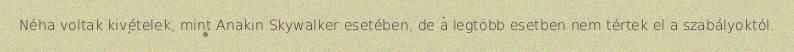
Néha voltak kivételek, mint Anakin Skywalker esetében, de a legtöbb esetben nem tértek el a szabályoktól.